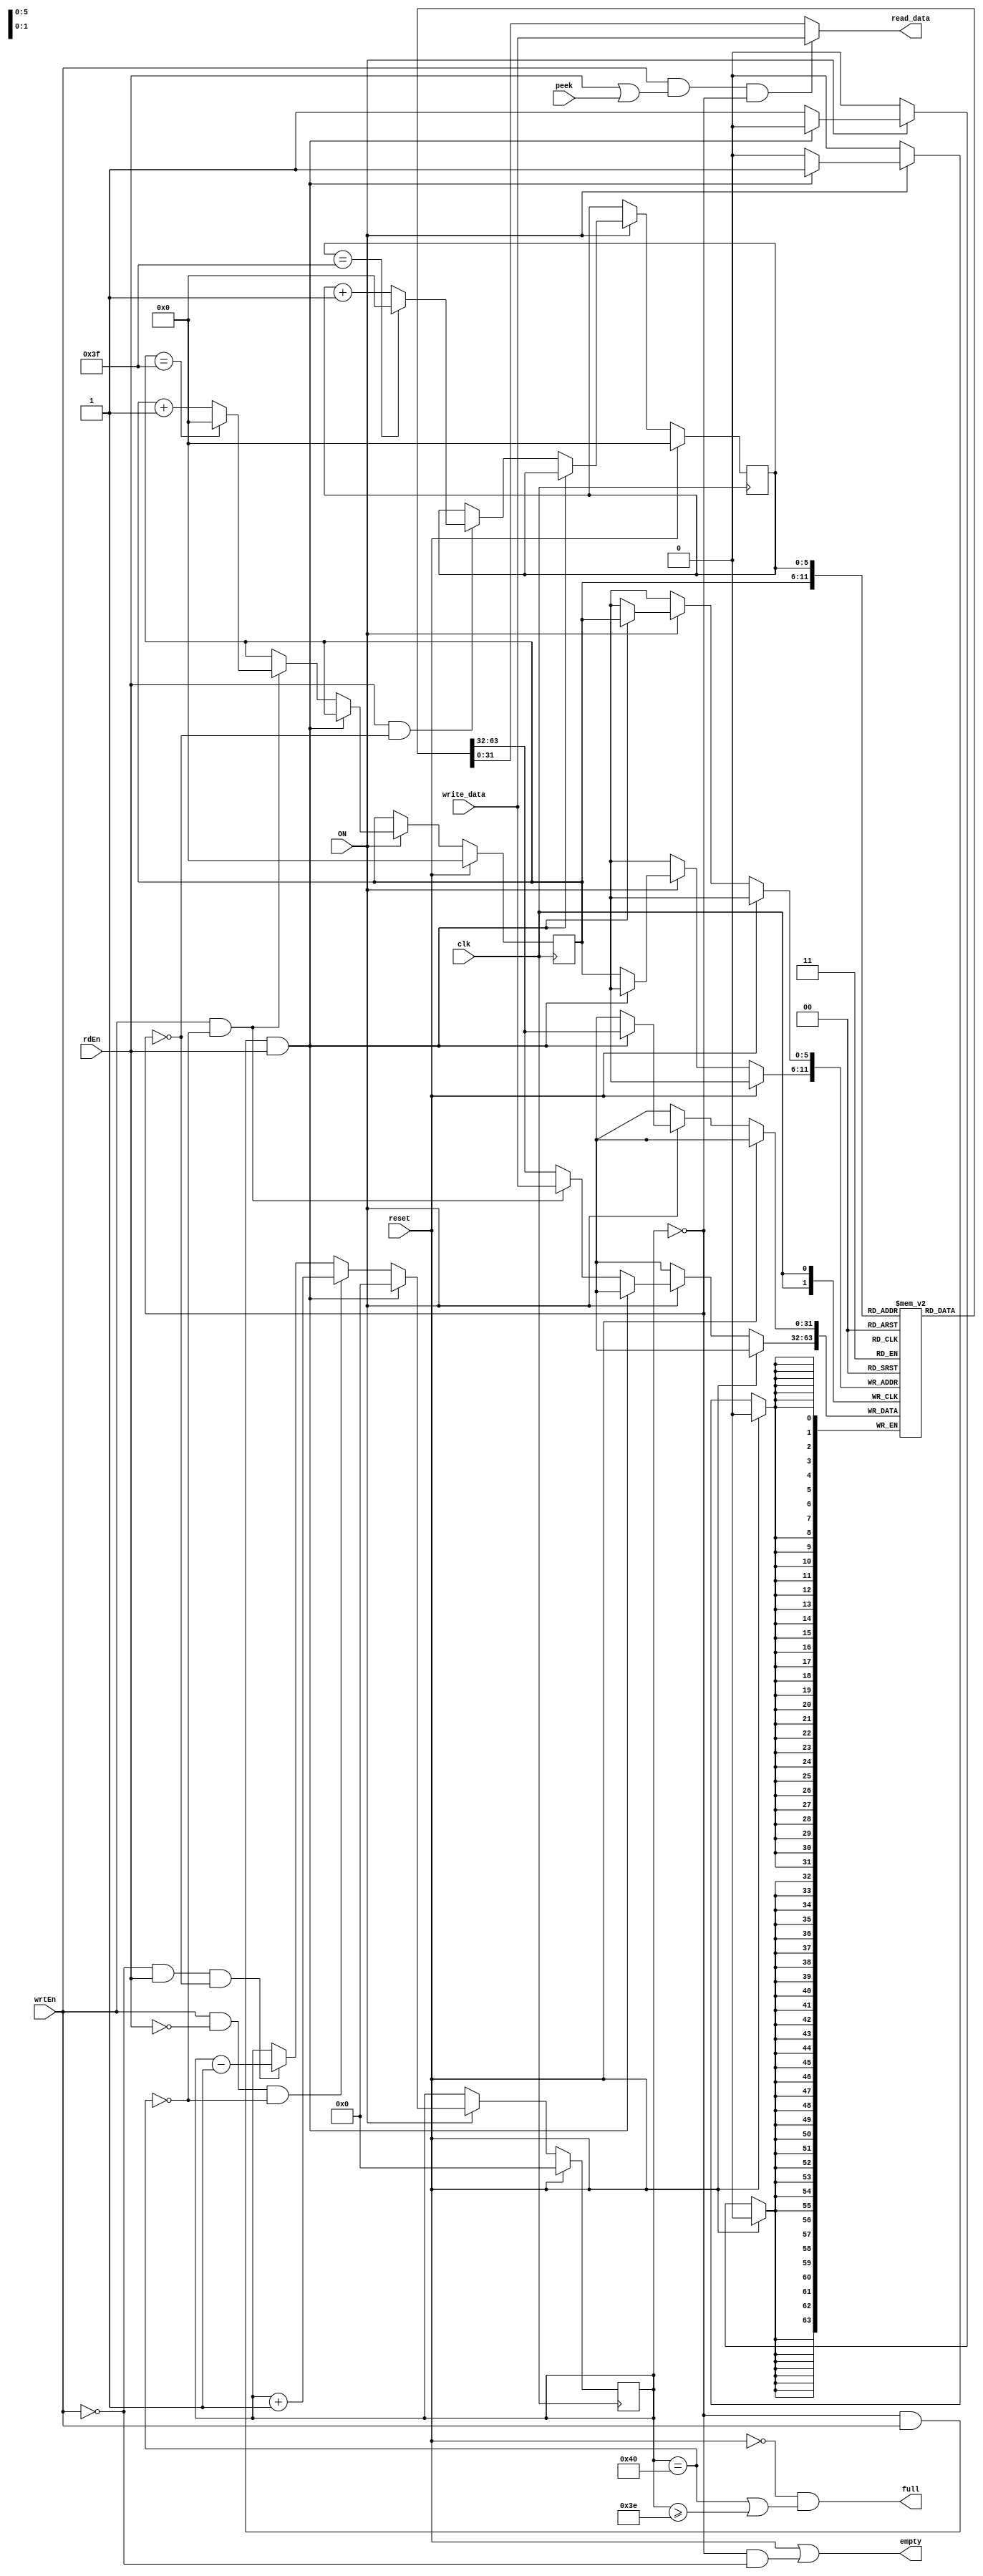

/** @module : fifo
 */
// You can write and read the same data from the fifo during the same 
// clock cycle. 

module tie_fifo #(parameter DATA_WIDTH = 32, Q_DEPTH_BITS = 6) (
    input clk,
    input reset,
	input ON,
    input [DATA_WIDTH-1:0] write_data,
    input wrtEn,
    input rdEn,
    input peek,
    
    output [DATA_WIDTH-1:0] read_data,
    //output valid,
    output full,
    output empty
); 

    localparam Q_DEPTH    = 1 << Q_DEPTH_BITS; 
    localparam BUFF_DEPTH = Q_DEPTH - 2;//TODO/
    
    reg  [Q_DEPTH_BITS-1:0]   front; 
    reg  [Q_DEPTH_BITS-1:0]   rear;
    reg  [DATA_WIDTH - 1: 0]  queue [0:Q_DEPTH-1];
    reg  [Q_DEPTH_BITS:0]     current_size;
	wire bare   = (current_size == 0); 
	wire filled = (current_size == Q_DEPTH); 
	integer i; 
//-----------------------------------



//--------------Code Starts Here----------------------- 
always @ (posedge clk) begin
  if (reset) begin
  		front        <= 0; 
  		rear         <= 0; 
  		current_size <= 0; 
  end 
  else if (ON) begin 
	//else begin 
			if(bare & wrtEn & rdEn) begin 
				queue [rear]  <= queue [rear];
				rear          <= rear;
				front         <= front;
				current_size  <= 0; 
			end 
			else begin 
				queue [rear]  <= (wrtEn & ~filled)? write_data : queue [rear];
				rear          <= (wrtEn & ~filled)? (rear == (Q_DEPTH -1))? 0 : 
								 (rear + 1) : rear;
				front         <= (rdEn & ~bare)? (front == (Q_DEPTH -1))? 0 : 
								 (front + 1) : front;
				current_size  <= (wrtEn & ~rdEn & ~filled)? (current_size + 1) : 
								 (~wrtEn & rdEn & ~bare)? 
								 (current_size -1): current_size; 
			end 
			
		
	/////////////////////////////////////////////////////////////////////////////////  		
      if (wrtEn & filled) begin
           $display ("ERROR: Trying to enqueue data: %h  on a full Q!",  write_data);
           $display ("INFO:  Q depth %d and current Q size %d",Q_DEPTH, current_size);
		   $display ("INFO:  Current head %d and current rear %d",front, rear);
		   for (i = 0; i < Q_DEPTH; i=i+1) begin
				$display ("INFO: Index [%d] data [%h]",i, queue[i]);
		   end 
      end
      if (rdEn & bare & ~wrtEn) $display ("Warning: Trying to dequeue an empty Q!");
      if (peek & bare & ~wrtEn) $display ("Warning: Peeking at an empty Q!");
	/////////////////////////////////////////////////////////////////////////////////*/
  end
end

//----------------------------------------------------
// Drive the outputs
//----------------------------------------------------
assign  read_data   = (wrtEn & (rdEn|peek) & bare)? write_data : queue [front];
//assign  valid       = (((wrtEn & (rdEn|peek) & bare) | ((rdEn|peek) & ~bare))& ~reset)? 1 : 0;
//assign  full        = (~reset & (filled | (wrtEn & ~rdEn & (current_size >= BUFF_DEPTH))));
assign  full        = (~reset & (filled | (current_size >= BUFF_DEPTH)));

//assign  empty       = (reset | bare |(~wrtEn & rdEn & (current_size == 1))); /*TODO for silly Xtensa Interface*/
assign  empty       = (reset | (bare & ~wrtEn) );



     
endmodule